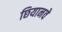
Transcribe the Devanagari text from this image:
छियानवे